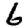
Digit: 6